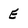
Character: E